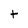
Character: t